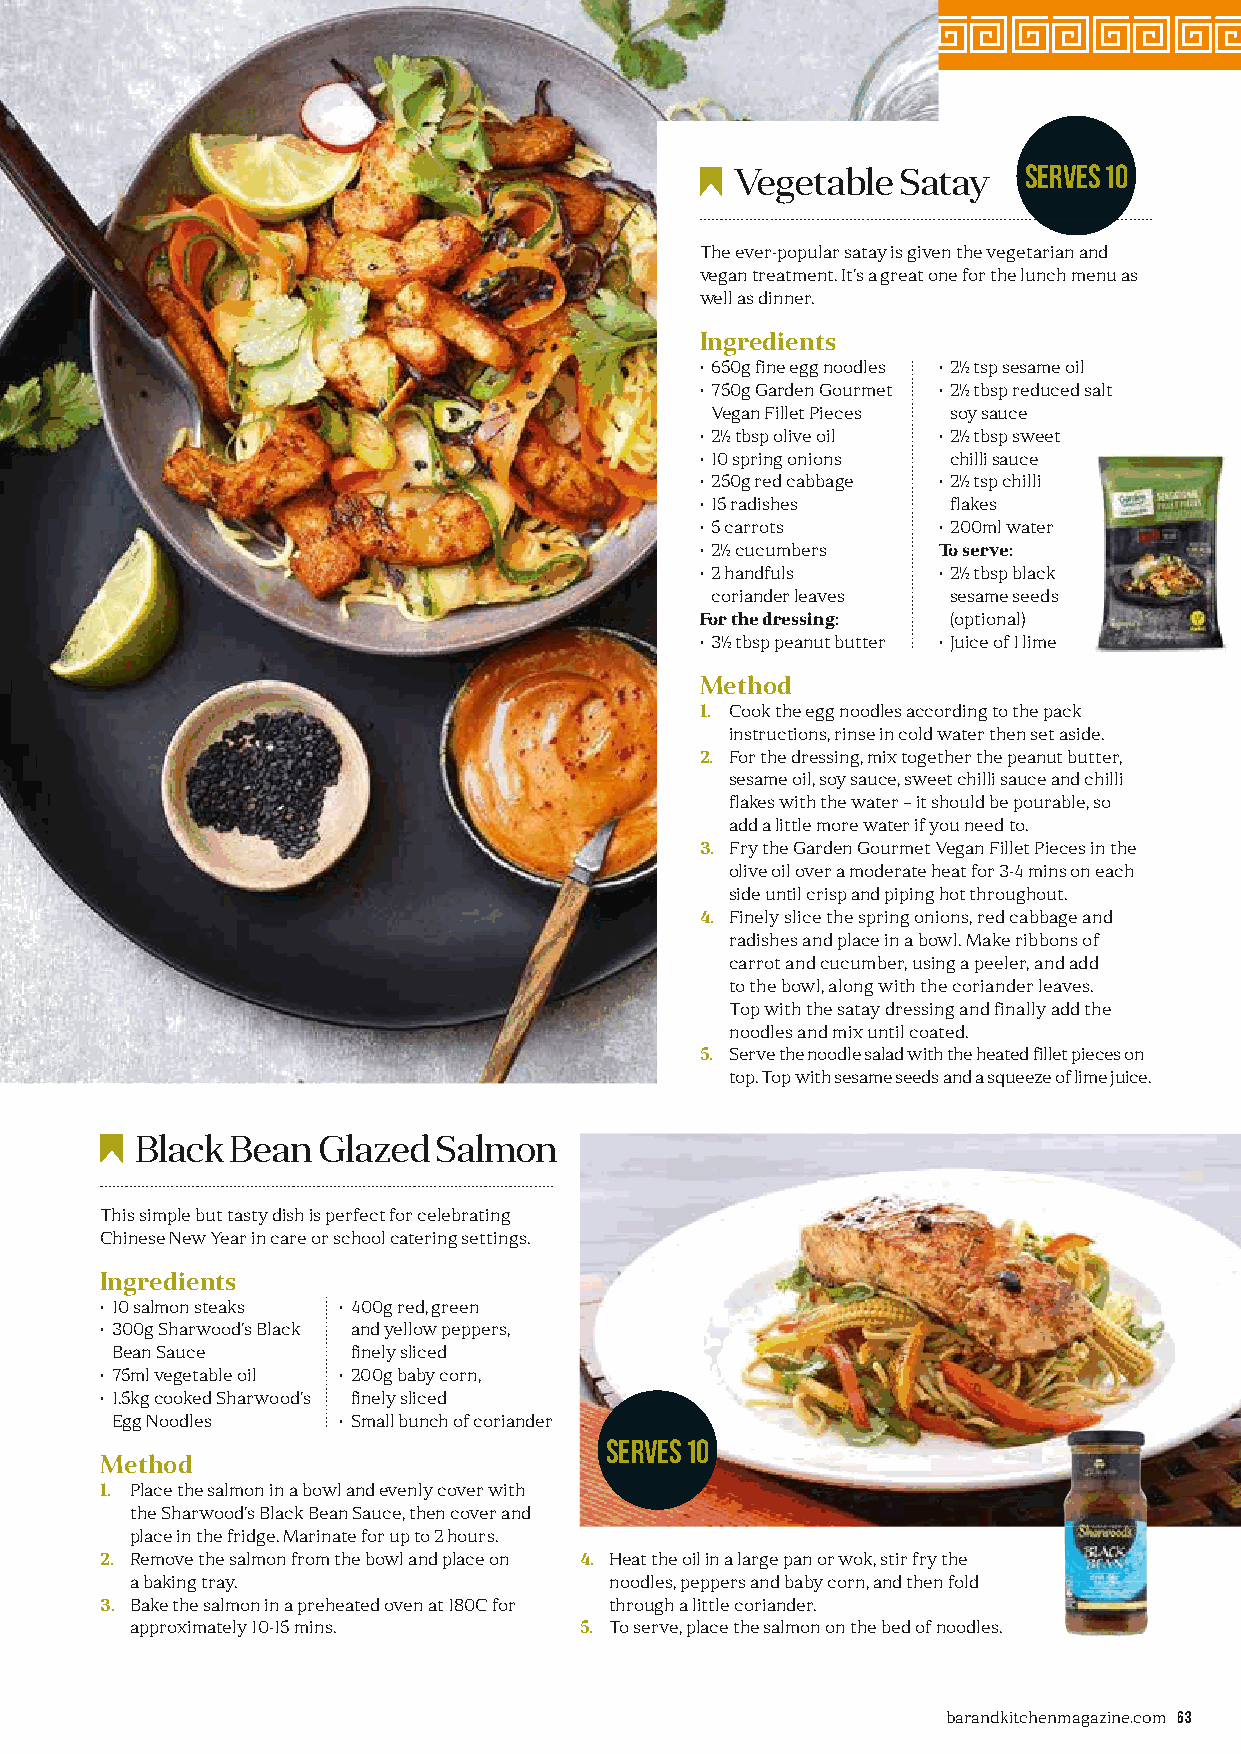
Vegetable  Satay   Serves 10
 The ever-popular satay is given the vegetarian and
 vegan treatment. It’s a great one for the lunch menu as
 well as dinner.
 Ingredients
 • 650g fine egg noodles • 2½ tsp sesame oil
 • 750g Garden Gourmet • 2½ tbsp reduced salt
 Vegan Fillet Pieces soy sauce
 • 2½ tbsp olive oil • 2½ tbsp sweet
 • 10 spring onions chilli sauce
 • 250g red cabbage • 2½ tsp chilli
 • 15 radishes   flakes
 • 5 carrots    • 200ml water
 • 2½ cucumbers To serve:
 • 2 handfuls   • 2½ tbsp black
 coriander leaves sesame seeds
 For the dressing: (optional)
 • 3½ tbsp peanut butter • Juice of 1 lime
 Method
 1. Cook the egg noodles according to the pack
 instructions, rinse in cold water then set aside.
 2. For the dressing, mix together the peanut butter,
 sesame oil, soy sauce, sweet chilli sauce and chilli
 flakes with the water – it should be pourable, so
 add a little more water if you need to.
 3. Fry the Garden Gourmet Vegan Fillet Pieces in the
 olive oil over a moderate heat for 3-4 mins on each
 side until crisp and piping hot throughout.
 4. Finely slice the spring onions, red cabbage and
 radishes and place in a bowl. Make ribbons of
 carrot and cucumber, using a peeler, and add
 to the bowl, along with the coriander leaves.
 Top with the satay dressing and finally add the
 noodles and mix until coated.
 5. Serve the noodle salad with the heated fillet pieces on
 top. Top with sesame seeds and a squeeze of lime juice.
 Black Bean  Glazed  Salmon
 This simple but tasty dish is perfect for celebrating
 Chinese New Year in care or school catering settings.
 Ingredients
 • 10 salmon steaks • 400g red, green
 • 300g Sharwood’s Black and yellow peppers,
 Bean Sauce     finely sliced
 • 75ml vegetable oil • 200g baby corn,
 • 1.5kg cooked Sharwood’s finely sliced
 Egg Noodles    • Small bunch of coriander
 Serves 10
 Method
 1. Place the salmon in a bowl and evenly cover with
 the Sharwood’s Black Bean Sauce, then cover and
 place in the fridge. Marinate for up to 2 hours.
 2. Remove the salmon from the bowl and place on 4. Heat the oil in a large pan or wok, stir fry the
 a baking tray.                  noodles, peppers and baby corn, and then fold
 3. Bake the salmon in a preheated oven at 180C for through a little coriander.
 approximately 10-15 mins.     5. To serve, place the salmon on the bed of noodles.
 barandkitchenmagazine.com 63
 BB&&KK--iissssuuee--0088--pp6622--6633--CChhiinneesseeNNeewwYYeeaarr--vv55SSUUBB..iinndddd 6633 1122//1100//22002211 1155::4499